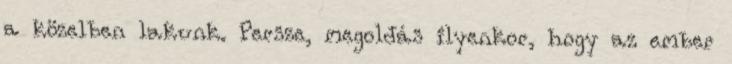
a közelben lakunk. Persze, megoldás ilyenkor, hogy az ember